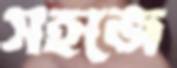
সহজে